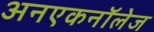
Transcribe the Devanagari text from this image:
अनएकनॉलेज